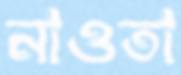
নাওতা